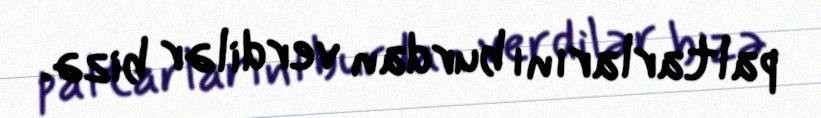
paltarlarını burdan verdilər bizə.